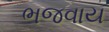
ભજવાય